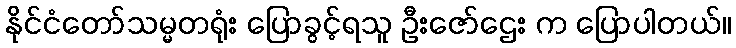
နိုင်ငံတော်သမ္မတရုံး ပြောခွင့်ရသူ ဦးဇော်ဌေး က ပြောပါတယ်။